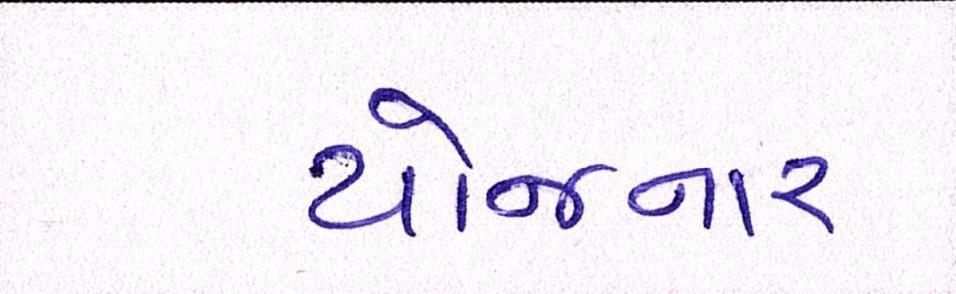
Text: યોજનાર